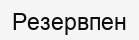
Резервпен